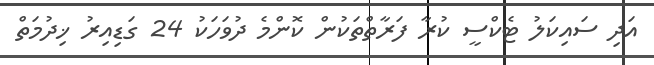
އަދި ސައިކަލު ޓެކްސީ ކުރާ ފަރާތްތަކުން ކޮންމެ ދުވަހަކު 24 ގަޑިއިރު ޚިދުމަތް